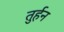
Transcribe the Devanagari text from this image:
तुर्हन